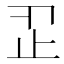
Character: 𣥒